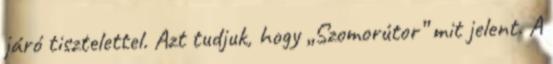
járó tisztelettel. Azt tudjuk, hogy „Szomorútor” mit jelent. A